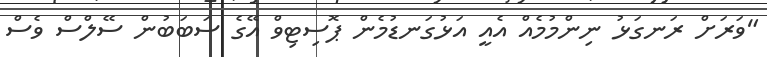
"ވަރަށް ރަނގަޅު ނިންމުމެއް އެއީ އަޅުގަނޑުމެން ޕޮސިޓިވް އޭގެ ސަބަބުން ސޭލްސް ވެސް